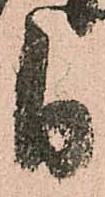
日